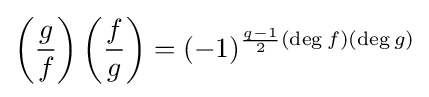
\left({\frac {g}{f}}\right)\left({\frac {f}{g}}\right)=(-1)^{{\frac {q-1}{2}}(\deg f)(\deg g)}